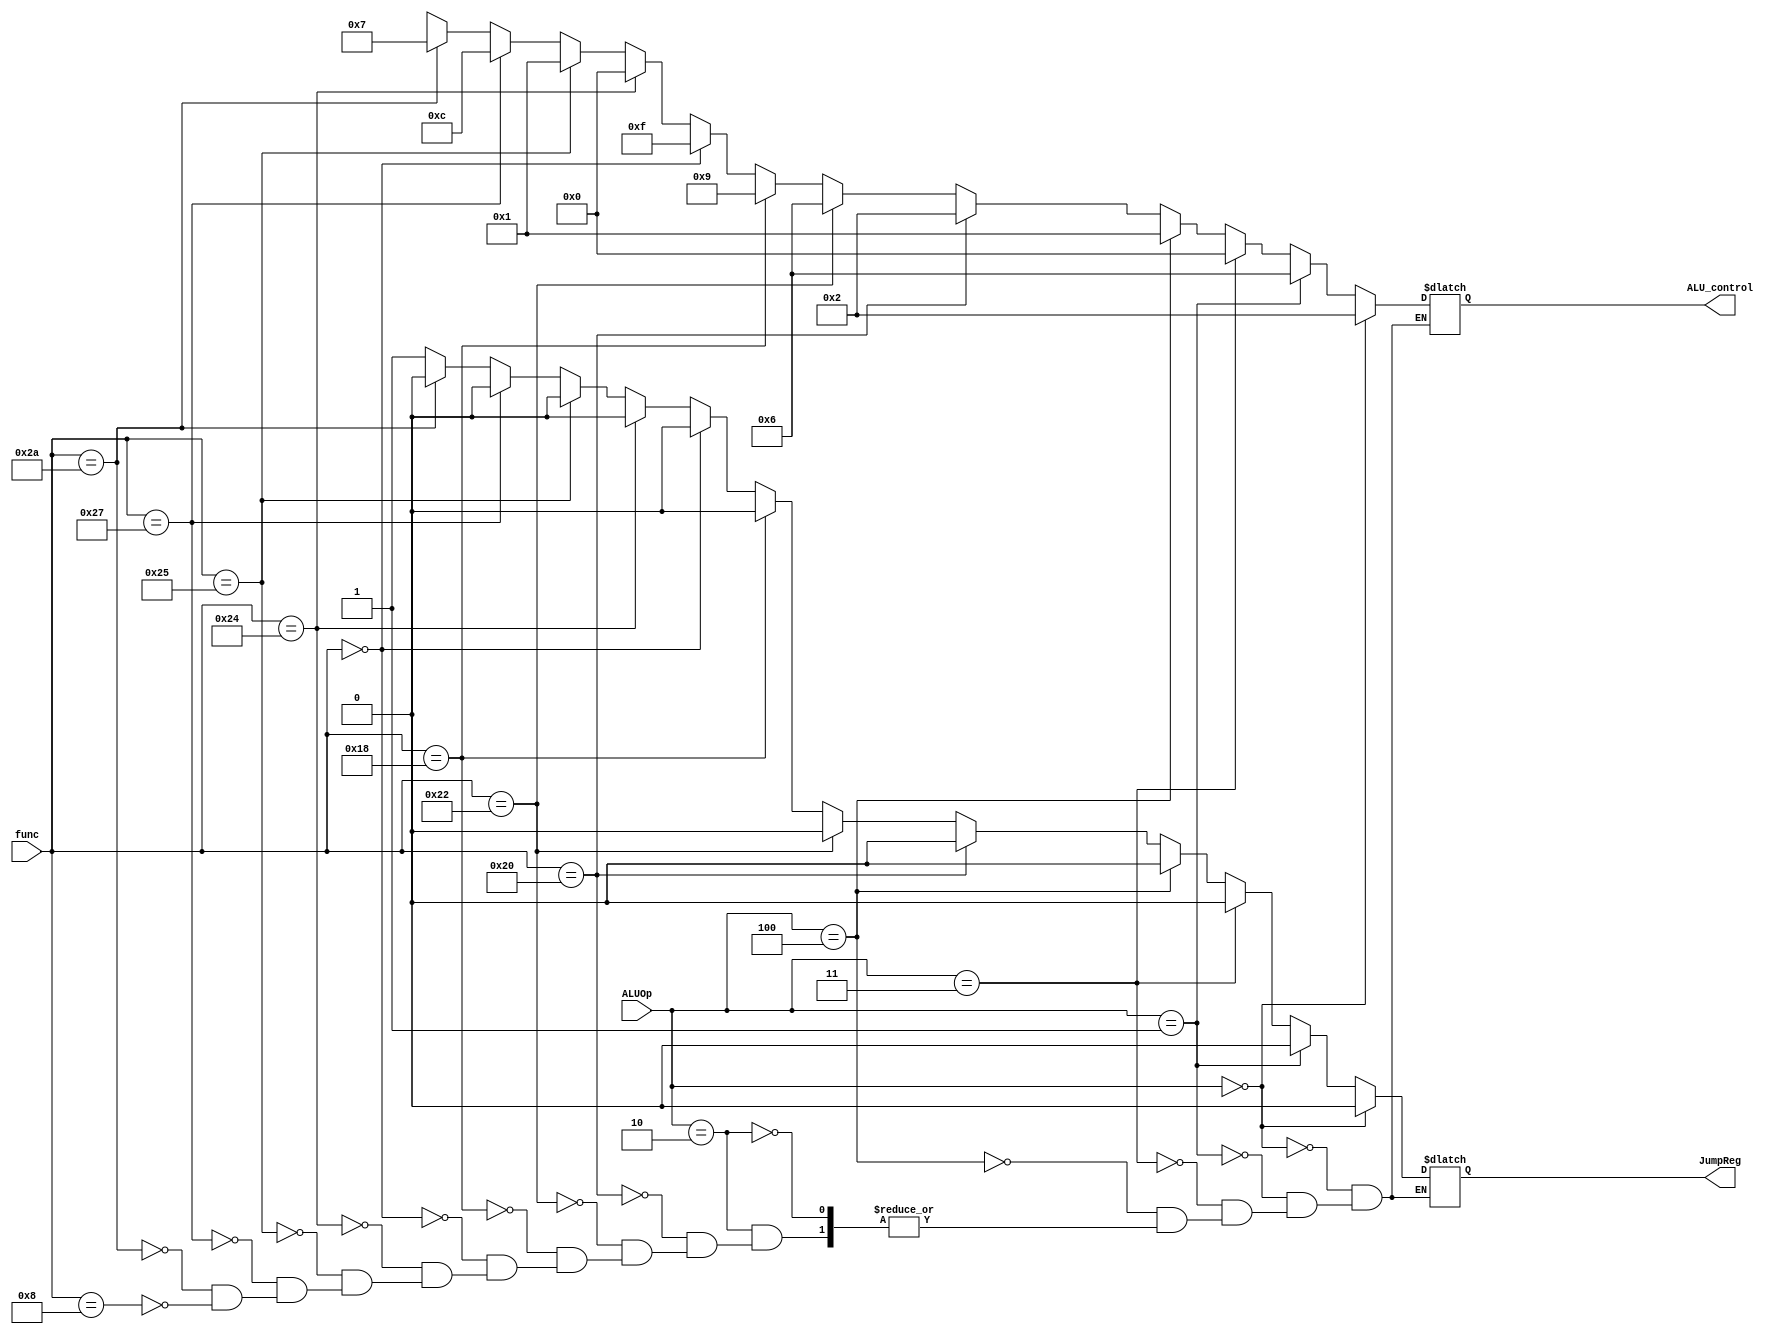
`timescale 1ps/1ps
module ALU_CU(ALU_control, JumpReg, func, ALUOp);

	input  [5:0] func;
	input  [2:0] ALUOp;

	output [3:0] ALU_control;
	output JumpReg;

	wire  [5:0] func;
	wire  [2:0] ALUOp;

	reg   [3:0] ALU_control;
	reg   JumpReg;

	always @ (ALUOp or func) begin
		#100 //delay 100ps for ALU-ControlUnit
		
		if (ALUOp == 'b000) begin       //add
			JumpReg       <= 0;
			ALU_control <= 4'b0010;
		end
		
		else if (ALUOp == 'b001) begin	 //sub
			JumpReg     <= 0;
			ALU_control <= 4'b0110;
		end
		
		else if (ALUOp == 'b011) begin  //and
			JumpReg     <= 0;
			ALU_control <= 4'b0000;
		end
		
		else if (ALUOp == 'b100) begin  //or	 
			JumpReg     <= 0;
			ALU_control <= 4'b0001;
		end

		else if (ALUOp == 'b010) begin	  //func_field

			if (func == 'h20) begin   //add
				JumpReg     <= 0;
				ALU_control <= 4'b0010; //add
			end

			else if (func == 'h22) begin   //sub
				JumpReg     <= 0;
				ALU_control <= 4'b0110; //sub
			end

			else if (func == 'h18) begin   //mult
				JumpReg     <= 0;
				ALU_control <= 4'b1001; //mul
			end
		
			else if (func == 'h00) begin   //sll
				JumpReg     <= 0;
				ALU_control <= 4'b1111; //sll
			end

			else if (func == 'h24) begin   //and
				JumpReg     <= 0;
				ALU_control <= 4'b0000; //and
			end

			else if (func == 'h25) begin   //or
				JumpReg     <= 0;
				ALU_control <= 4'b0001; //or
			end
		
			else if (func == 'h27) begin   //nor
				JumpReg     <= 0;
				ALU_control <= 4'b1100; //nor
			end

			else if (func == 'h2A) begin   //slt
				JumpReg     <= 0;
				ALU_control <= 4'b0111; //slt
			end

			else if (func == 'h08) begin   //jr
				JumpReg     <= 1;
				ALU_control <= 4'bxxxx;
			end
		end
end

endmodule